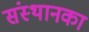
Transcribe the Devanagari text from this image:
संस्थानका